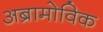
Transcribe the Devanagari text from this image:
अब्रामोविक